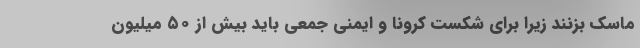
ماسک بزنند زیرا برای شکست کرونا و ایمنی جمعی باید بیش از ۵٠ میلیون